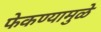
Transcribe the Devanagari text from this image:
फेकण्यामुळे